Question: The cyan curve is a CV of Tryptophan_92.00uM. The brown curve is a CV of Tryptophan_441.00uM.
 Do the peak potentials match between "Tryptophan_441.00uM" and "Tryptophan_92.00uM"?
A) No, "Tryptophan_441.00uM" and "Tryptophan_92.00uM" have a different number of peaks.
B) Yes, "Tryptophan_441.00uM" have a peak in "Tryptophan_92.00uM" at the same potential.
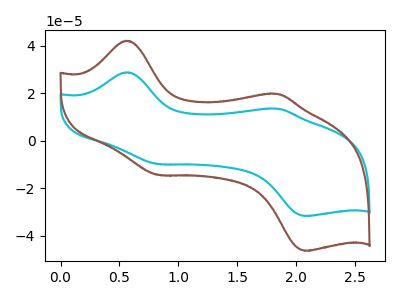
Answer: <think>The cyan curve "Tryptophan_92.00uM" has anodic peaks at (0.55V, 28.80uA) (1.85V, 13.50uA) and cathodic peaks at (0.85V, -9.85uA) (2.10V, -31.70uA). The brown curve "Tryptophan_441.00uM" has anodic peaks at (0.55V, 42.10uA) (1.85V, 19.70uA) and cathodic peaks at (0.85V, -14.40uA) (2.10V, -46.35uA).</think>
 <answer>B) Yes, "Tryptophan_441.00uM" have a peak in "Tryptophan_92.00uM" at the same potential.</answer>
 <eval>B</eval>